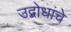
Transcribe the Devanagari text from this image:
उद्बोधांचे